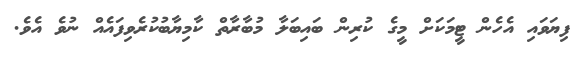
ފިޔަވައި އެހެން ޓީމަކަށް މީގެ ކުރިން ބައިބަލާ މުބާރާތް ކާމިޔާބުކުރެވިފައެއް ނުވެ އެވެ.